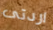
اردتى